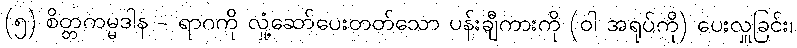
(၅) စိတ္တကမ္မဒါန - ရာဂကို လှုံ့ဆော်ပေးတတ်သော ပန်းချီကားကို (ဝါ အရုပ်ကို) ပေးလှူခြင်း၊